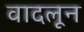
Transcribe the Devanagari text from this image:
वादलून